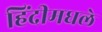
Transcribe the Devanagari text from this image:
हिंदीमधले